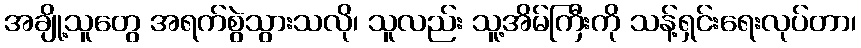
အချို့သူတွေ အရက်စွဲသွားသလို၊ သူလည်း သူ့အိမ်ကြီးကို သန့်ရှင်းရေးလုပ်တာ၊